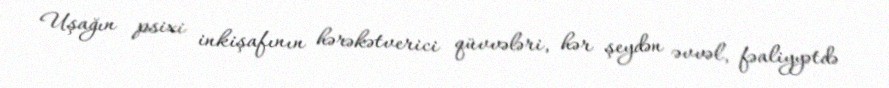
Uşağın psixi inkişafının hərəkətverici qüvvələri, hər şeydən əvvəl, fəaliyyətdə